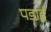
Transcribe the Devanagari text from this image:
पडा़ई